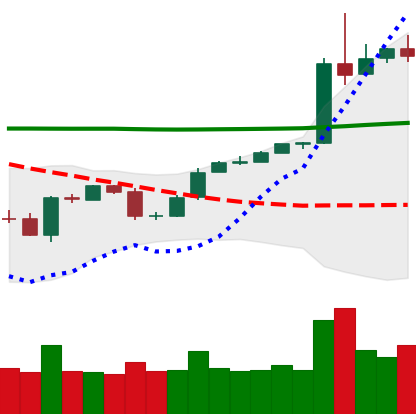
Ticker: BTC-USD
Chart end date: 2020-05-03
Forward return: 10.623%
Label: up_7plus